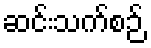
ဆင်းသက်စဉ်